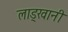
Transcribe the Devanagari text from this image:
लाड्खानी